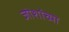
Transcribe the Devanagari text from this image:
जोशांच्या